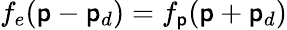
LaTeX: f_{e}(\mathsf{p}-\mathsf{p}_{d})=f_{\mathsf{p}}(\mathsf{p}+\mathsf{p}_{d})